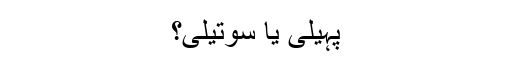
پہیلی یا سوتیلی؟